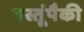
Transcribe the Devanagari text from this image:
वस्तूंपैकी